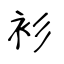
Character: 衫